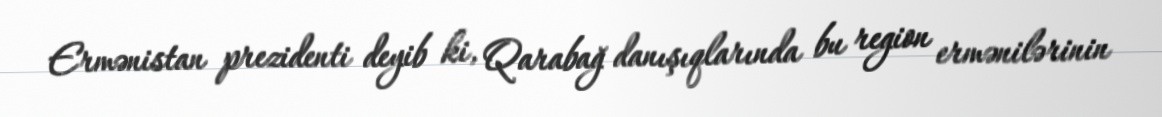
Ermənistan prezidenti deyib ki, Qarabağ danışıqlarında bu region ermənilərinin